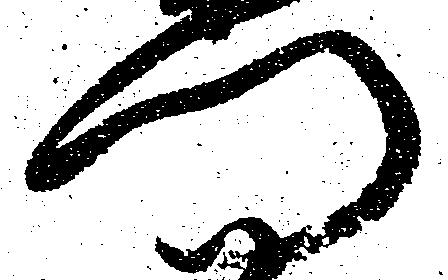
門